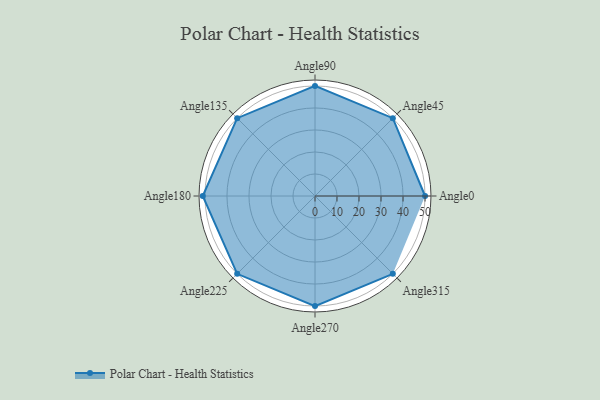
{"axis": {"x": "Angle", "y": "Radius"}, "legend": [""], "data": [{"x": "Angle0", "y": 50, "type": ""}, {"x": "Angle45", "y": 50, "type": ""}, {"x": "Angle90", "y": 50, "type": ""}, {"x": "Angle135", "y": 50, "type": ""}, {"x": "Angle180", "y": 51.0, "type": ""}, {"x": "Angle225", "y": 50, "type": ""}, {"x": "Angle270", "y": 50, "type": ""}, {"x": "Angle315", "y": 50, "type": ""}]}